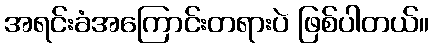
အရင်းခံအကြောင်းတရားပဲ ဖြစ်ပါတယ်။